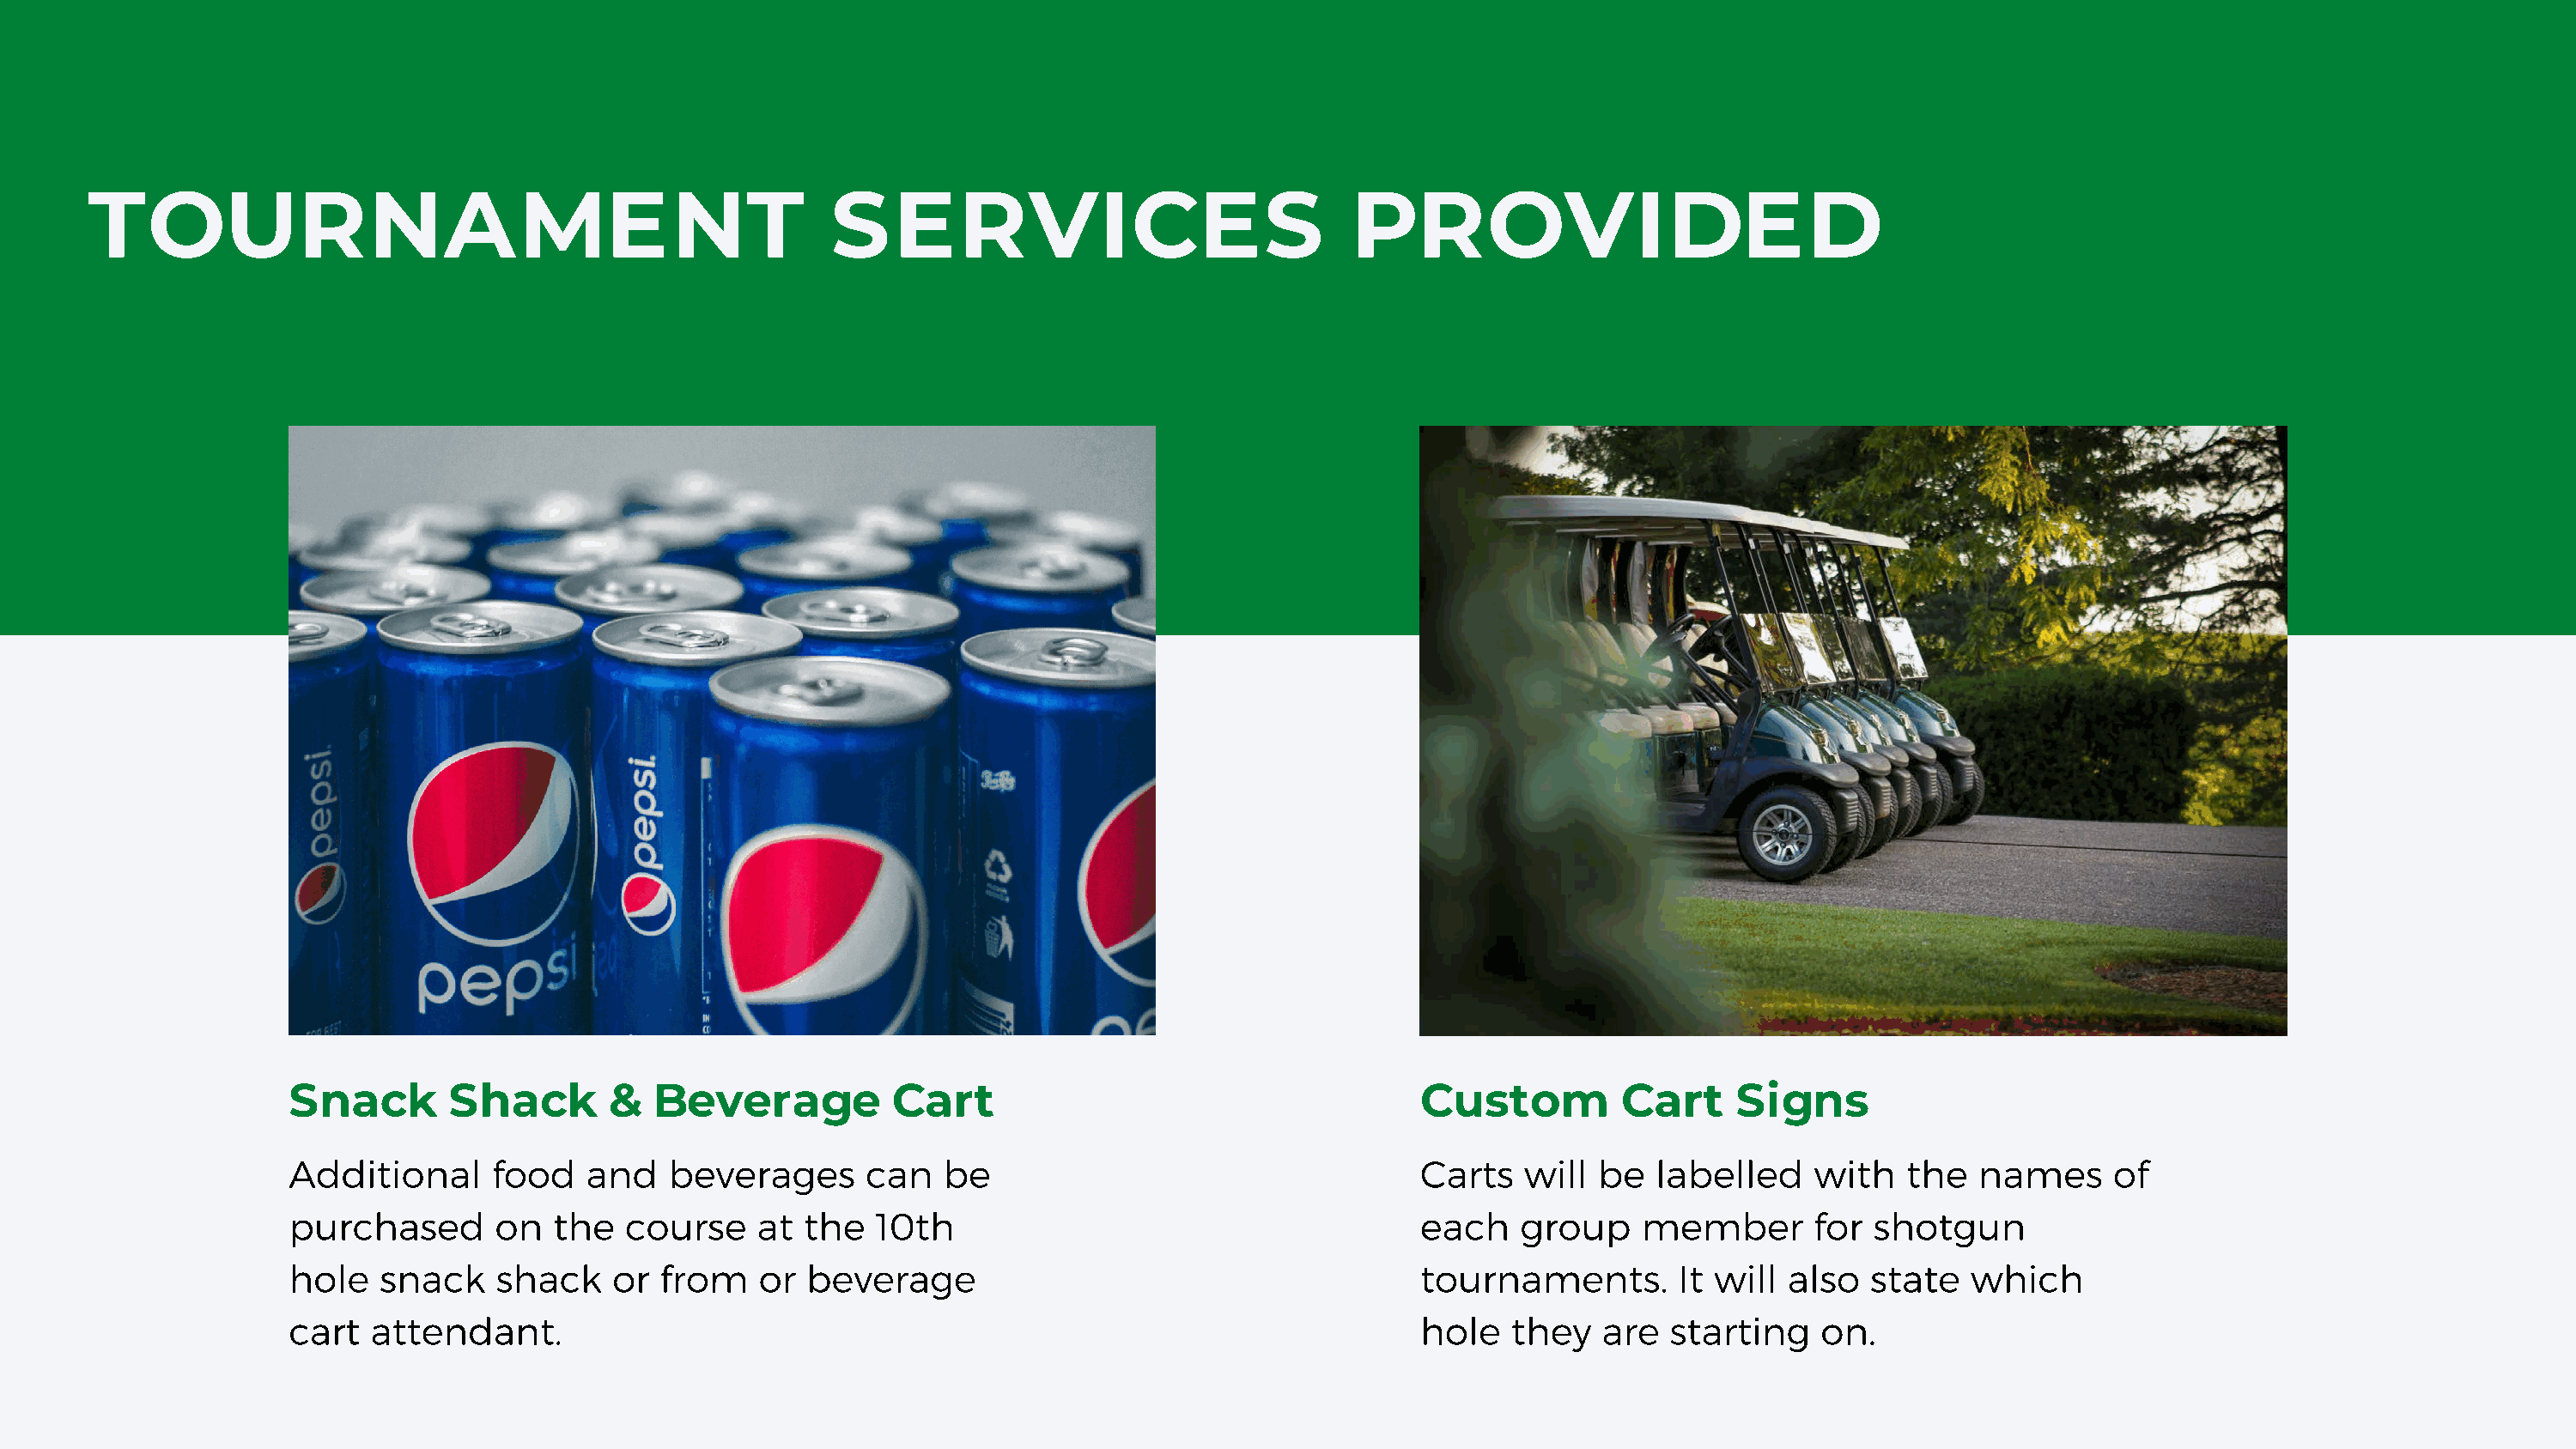
TOURNAMENT                                               SERVICES                                PROVIDED
 Snack        Shack       &  Beverage           Cart                                    Custom          Cart     Signs
 Additional      food   and    beverages      can   be                                  Carts    will be   labelled    with   the   names     of
 purchased       on   the  course    at  the   10th                                     each    group     member       for shotgun
 hole   snack    shack    or  from    or beverage                                       tournaments.        It will  also  state   which
 cart   attendant.                                                                      hole    they   are  starting   on.